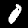
Digit: 0